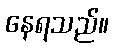
နေရသည်။